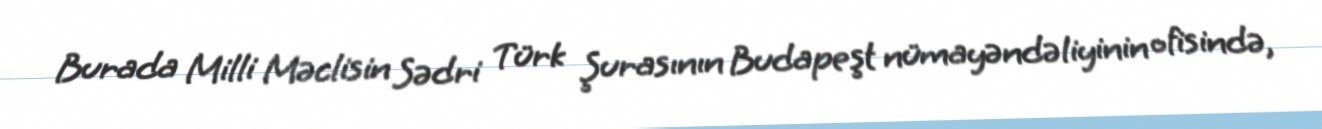
Burada Milli Məclisin Sədri Türk Şurasının Budapeşt nümayəndəliyinin ofisində,